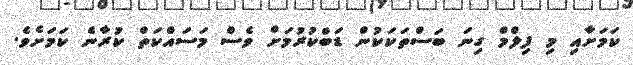
ކަަމަށާއި މި ފިލްމް ގިނަ ބަސްތަކަކުން ޑަބްކުރުމަށް ވެސް މަސައްކަތް ކުރާނެ ކަަމަށެވެ.